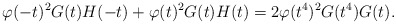
\begin{align*} \varphi(-t)^2G(t)H(-t)+\varphi(t)^2G(t)H(t) = 2\varphi(t^4)^2G(t^4)G(t).\end{align*}